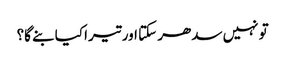
تو نہیں سدھر سکتا اور تیرا کیا بنے گا؟